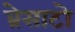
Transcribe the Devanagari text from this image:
ब्रेसाटो